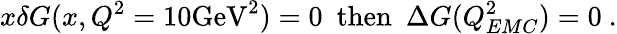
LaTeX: x\delta G(x,Q^{2}=10\mathrm{GeV}^{2})=0~~\mathrm{then}~~\Delta G(Q_{EMC}^{2})=0~.